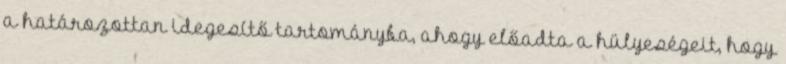
a határozottan idegesítő tartományba, ahogy előadta a hülyeségeit, hogy